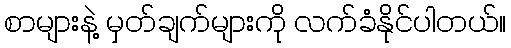
စာများနဲ့ မှတ်ချက်များကို လက်ခံနိုင်ပါတယ်။